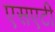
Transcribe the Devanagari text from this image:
एसएटी